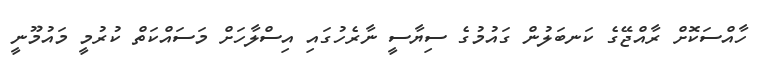
ހާއްސަކޮށް ރާއްޖޭގެ ކަނބަލުން ގައުމުގެ ސިޔާސީ ނާރެހުގައި އިސްލާހަށް މަސައްކަތް ކުރުމީ މައުމޫނީ